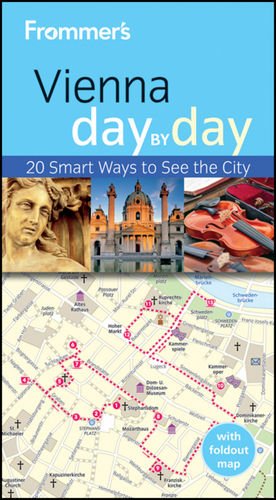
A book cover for Frommer's Vienna Day By Day (Frommer's Day by Day - Pocket); Teresa Fisher; Travel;